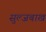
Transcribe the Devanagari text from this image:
सुल्जबाख